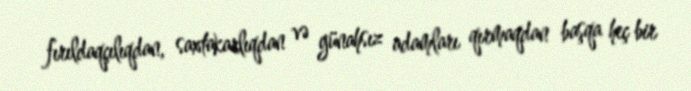
fırıldaqçılıqdan, saxtakarlıqdan və günahsız adamları qırmaqdan başqa heç bir